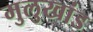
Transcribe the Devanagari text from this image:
मुलुखांड